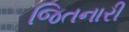
જિતનારી